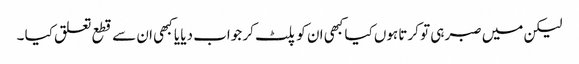
لیکن میں صبر ہی تو کرتا ہوں کیا کبھی ان کو پلٹ کر جواب دیا یا کبھی ان سے قطع تعلق کیا ۔